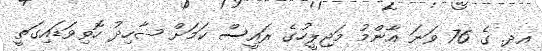
އދ. ގެ 76 ވަނަ އާންމު މަޖިލީހުގެ ރައީސް ކަމަށް ޝާހިދު ހޮވިވަޑައިގަތީ